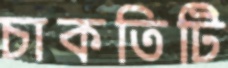
চাকতিটি